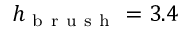
h _ { \mathrm { ~ b ~ r ~ u ~ s ~ h ~ } } = 3 . 4